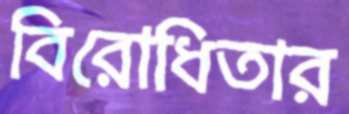
বিরোধিতার